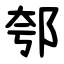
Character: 郀